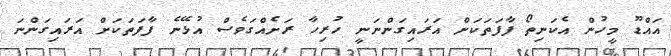
އައްޑޫ މީހުން އެކަނިތޯ ފާފަތަކަށް އަރައިގަންނަނީ ހުރިހާ ރަށެއްގަވެސް އުޅޭނެ ފާފަތަކަށް އަރައިގަންނަ